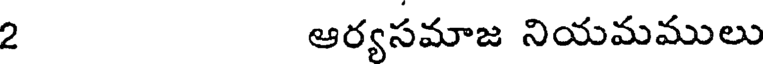
2 ఆర్యసమాజ నియమములు